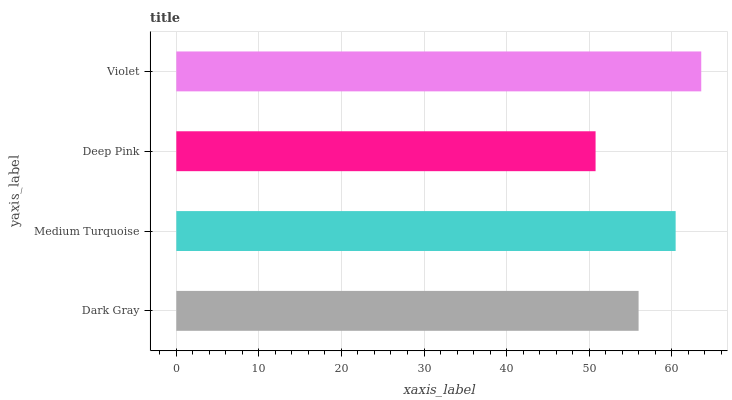
| yaxis_label | bars |
 | --- | --- |
 | Dark Gray | 56 |
 | Medium Turquoise | 60.5 |
 | Deep Pink | 50.8 |
 | Violet | 63.6 |